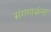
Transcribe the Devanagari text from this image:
संगणकंना